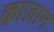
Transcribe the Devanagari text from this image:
क़ाज़ान